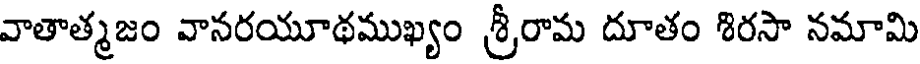
వాతాత్మజం వానరయూథముఖ్యం శ్రీరామ దూతం శిరసా నమామి